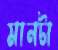
মানটা